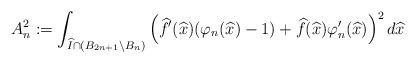
LaTeX: \begin{align*}A^2_n:=\int_{\widehat{I} \cap (B_{2n+1}\setminus B_n)} \left(\widehat{f}'(\widehat{x})(\varphi_n(\widehat{x})-1)+\widehat{f}(\widehat{x})\varphi'_n(\widehat{x})\right)^2d\widehat{x}\end{align*}